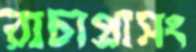
রাচাপ্রাসং